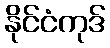
နိုင်ငံကုဒ်